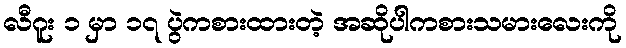
လီဂူး ၁ မှာ ၁၇ ပွဲကစားထားတဲ့ အဆိုပါကစားသမားလေးကို